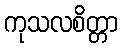
ကုသလစိတ္တာ